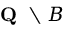
{ \textbf { Q } } \setminus B